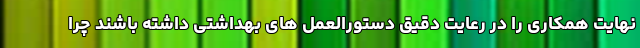
نهایت همکاری را در رعایت دقیق دستورالعمل های بهداشتی داشته باشند چرا